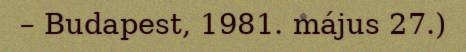
– Budapest, 1981. május 27.)